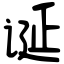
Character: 诞